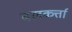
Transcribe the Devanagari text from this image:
बलकर्त्ता